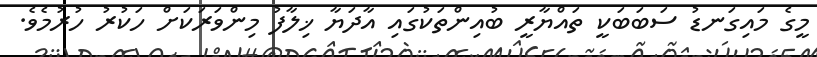
މީގެ މައިގަނޑު ސަބަބަކީ ތައްޔާރީ ބުއިންތަކުގައި އާދަޔާ ޚިލާފު މިންވަރަކަށް ހަކުރު ހުރުމެވެ.